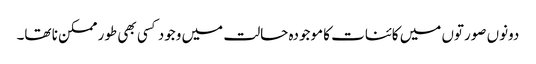
دونوں صورتوں میں کائنات کا موجودہ حالت میں وجود کسی بھی طور ممکن نا تھا۔